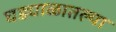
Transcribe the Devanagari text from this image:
घड्याळातल्या